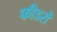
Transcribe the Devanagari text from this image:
फीडरों